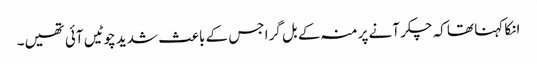
انکا کہنا تھا کہ چکر آنے پر منہ کے بل گرا جس کے باعث شدید چوٹیں آئی تھیں۔